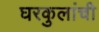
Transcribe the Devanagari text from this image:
घरकुलांची